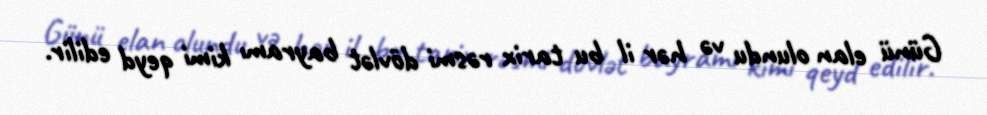
Günü elan olundu və hər il bu tarix rəsmi dövlət bayramı kimi qeyd edilir.